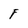
Character: F